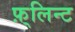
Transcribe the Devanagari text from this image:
फ़्लिन्ट